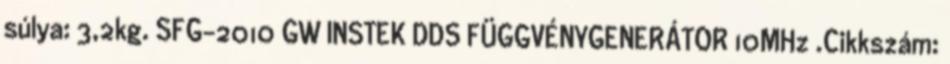
súlya: 3,2kg. SFG-2010 GW INSTEK DDS FÜGGVÉNYGENERÁTOR 10MHz .Cikkszám: